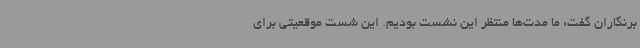
برنگاران گفت: ما مدت‌ها منتظر این نشست بودیم. این شست موقعیتی برای